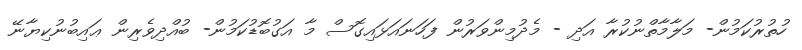
ހުތުރުކަމުން- މަލާމާތްނުކުރާ އަދި - މެދުމިންވަރުން ފަހަނައަޅައިގޮސް މާ އަގުބޮޑުކަމުން- ބުއްދިވެރިން ޢައިބުނުކިޔާނޭ